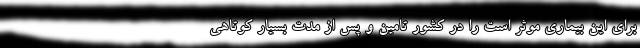
برای این بیماری موثر است را در کشور تامین و پس از مدت بسیار کوتاهی